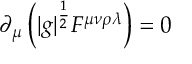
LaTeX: \partial _ { \mu } \left( | g | ^ { \frac { 1 } { 2 } } F ^ { \mu \nu \rho \lambda } \right) = 0